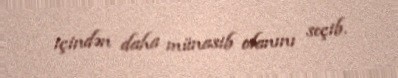
içindən daha münasib olanını seçib.